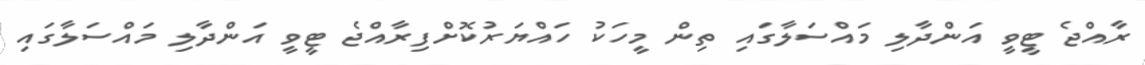
ރާއްޖެ ޓީވީ އަންދާލި މައްސަލާގައި ތިން މީހަކު ހައްޔަރުކޮށްފިރާއްޖެ ޓީވީ އަންދާލި މައްސަލާގައި